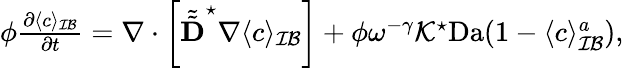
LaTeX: \begin{array}{r}{\phi\frac{\partial\langle c\rangle_{\mathcal{IB}}}{\partial t}=\nabla\cdot\left[\tilde{\tilde{\textbf{D}}}^{\star}\nabla\langle c\rangle_{\mathcal{IB}}\right]+\phi\omega^{-\gamma}\mathcal{K}^{\star}\mathrm{Da}(1-\langle c\rangle_{\mathcal{IB}}^{a}),}\end{array}